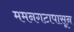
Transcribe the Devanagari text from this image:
ममनगटापासून